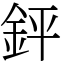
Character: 𨥾